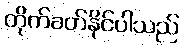
တိုက်ခတ်နိုင်ပါသည်